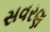
સવરણ